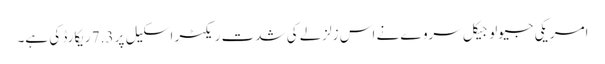
امریکی جیولوجیکل سروے نے اس زلزلے کی شدت ریکٹر اسکیل پر 7.3 ریکارڈ کی ہے۔